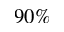
9 0 \%